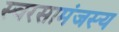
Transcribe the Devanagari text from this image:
स्वरसामंजस्य